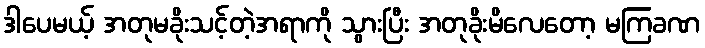
ဒါပေမယ့် အတုမခိုးသင့်တဲ့အရာကို သွားပြီး အတုခိုးမိလေတော့ မကြခဏ